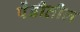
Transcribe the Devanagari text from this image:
पेंडीतील